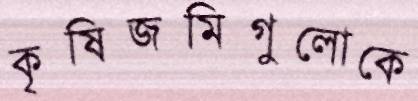
কৃষিজমিগুলোকে